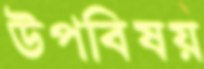
উপবিষয়